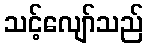
သင့်လျော်သည်